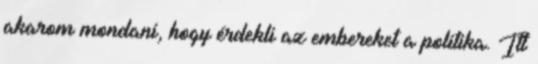
akarom mondani, hogy érdekli az embereket a politika. Itt